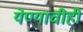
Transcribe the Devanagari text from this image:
येण्याचीही